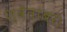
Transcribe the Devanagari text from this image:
श्वेतांबर।